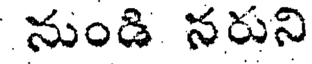
నుండి నరుని